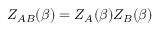
Z _ { A B } ( \beta ) = Z _ { A } ( \beta ) Z _ { B } ( \beta )